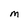
Character: M